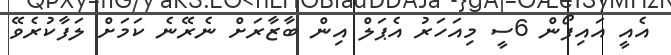
އެއީ އައިފޯން 6ސީ މިއަހަރު އެޕަލް އިން ބާޒާރަށް ނެރޭނެ ކަމަށް ލަފާކުރެވޭ